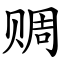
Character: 赒